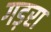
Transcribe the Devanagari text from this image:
गड़रा